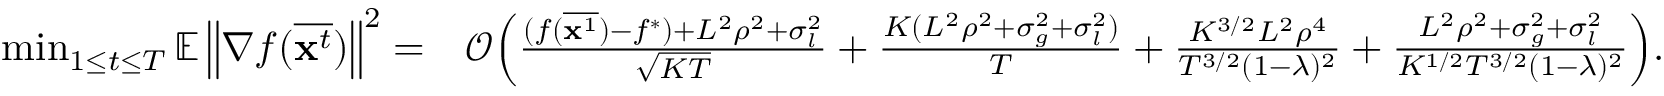
\begin{array} { r l } { \operatorname* { m i n } _ { 1 \le t \le T } \mathbb { E } \left\| \nabla f ( \overline { { \mathbf { x } ^ { t } } } ) \right\| ^ { 2 } = } & { \mathcal { O } \Big ( \frac { ( f ( \overline { { { \bf x } ^ { 1 } } } ) - f ^ { * } ) + L ^ { 2 } \rho ^ { 2 } + \sigma _ { l } ^ { 2 } } { \sqrt { K T } } + \frac { K ( L ^ { 2 } \rho ^ { 2 } + \sigma _ { g } ^ { 2 } + \sigma _ { l } ^ { 2 } ) } { T } + \frac { K ^ { 3 / 2 } L ^ { 2 } \rho ^ { 4 } } { T ^ { 3 / 2 } ( 1 - \lambda ) ^ { 2 } } + \frac { L ^ { 2 } \rho ^ { 2 } + \sigma _ { g } ^ { 2 } + \sigma _ { l } ^ { 2 } } { K ^ { 1 / 2 } T ^ { 3 / 2 } ( 1 - \lambda ) ^ { 2 } } \Big ) . } \end{array}